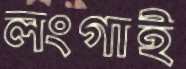
লংগাই